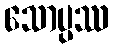
သောပ္ပဿ